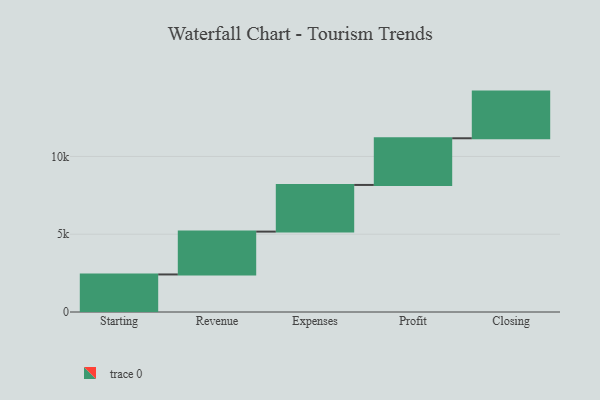
{"axis": {"x": "Step", "y": "Value"}, "legend": [""], "data": [{"x": "Starting", "y": 2414.0, "type": ""}, {"x": "Revenue", "y": 2754.0, "type": ""}, {"x": "Expenses", "y": 3000, "type": ""}, {"x": "Profit", "y": 3000, "type": ""}, {"x": "Closing", "y": 3000, "type": ""}]}